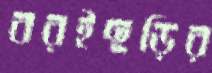
বরইছড়ির